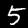
Digit: 5